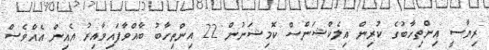
ރިޔާސީ އިންތިހާބުގެ ކުރިން އިލެކްޝަންސް ކޮމިޝަނުން 22 އިންތިހާބު ބާއްވާފައިވާއިރު އެއިން އެއްވެސް